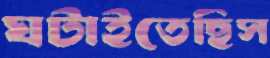
ঘটাইতেছিস